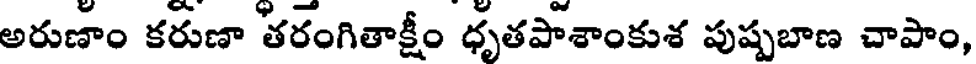
అరుణాం కరుణా తరంగితాక్షీం ధృతపాశాంకుశ పుష్పబాణ చాపాం,